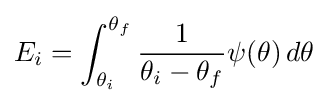
E_{i}=\int _{\theta _{i}}^{\theta _{f}}{\frac {1}{\theta _{i}-\theta _{f}}}\psi (\theta )\,d\theta